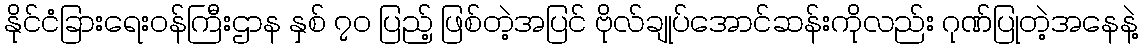
နိုင်ငံခြားရေးဝန်ကြီးဌာန နှစ် ၇၀ ပြည့် ဖြစ်တဲ့အပြင် ဗိုလ်ချုပ်အောင်ဆန်းကိုလည်း ဂုဏ်ပြုတဲ့အနေနဲ့